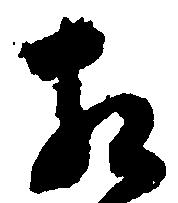
相